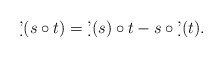
\begin{align*}\d'(s\circ t)=\d'(s)\circ t-s \circ \d'(t).\end{align*}